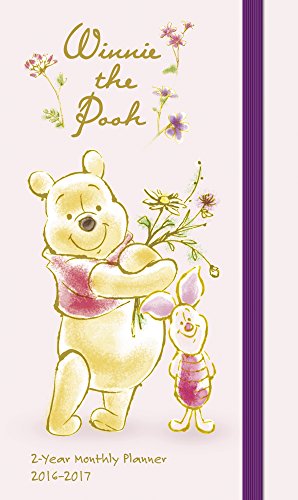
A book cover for Winnie the Pooh Pocket Planner 2 Year (2016); Day Dream; Calendars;